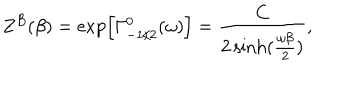
LaTeX: Z ^ { B } ( \beta ) = \exp \left[ \Gamma _ { - 1 / 2 } ^ { 0 } ( \omega ) \right] = { \frac { C } { 2 \sinh ( { \frac { \omega \beta } { 2 } } ) } } ,